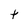
Character: t